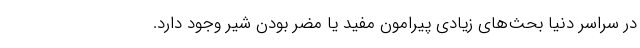
در سراسر دنیا بحث‌های زیادی پیرامون مفید یا مضر بودن شیر وجود دارد.